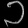
Digit: ၁